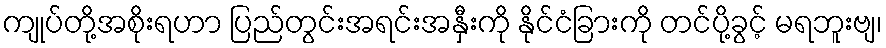
ကျုပ်တို့အစိုးရဟာ ပြည်တွင်းအရင်းအနှီးကို နိုင်ငံခြားကို တင်ပို့ခွင့် မရဘူးဗျ၊